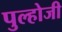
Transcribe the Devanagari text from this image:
पुल्होजी